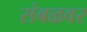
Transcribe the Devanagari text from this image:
संबळवर